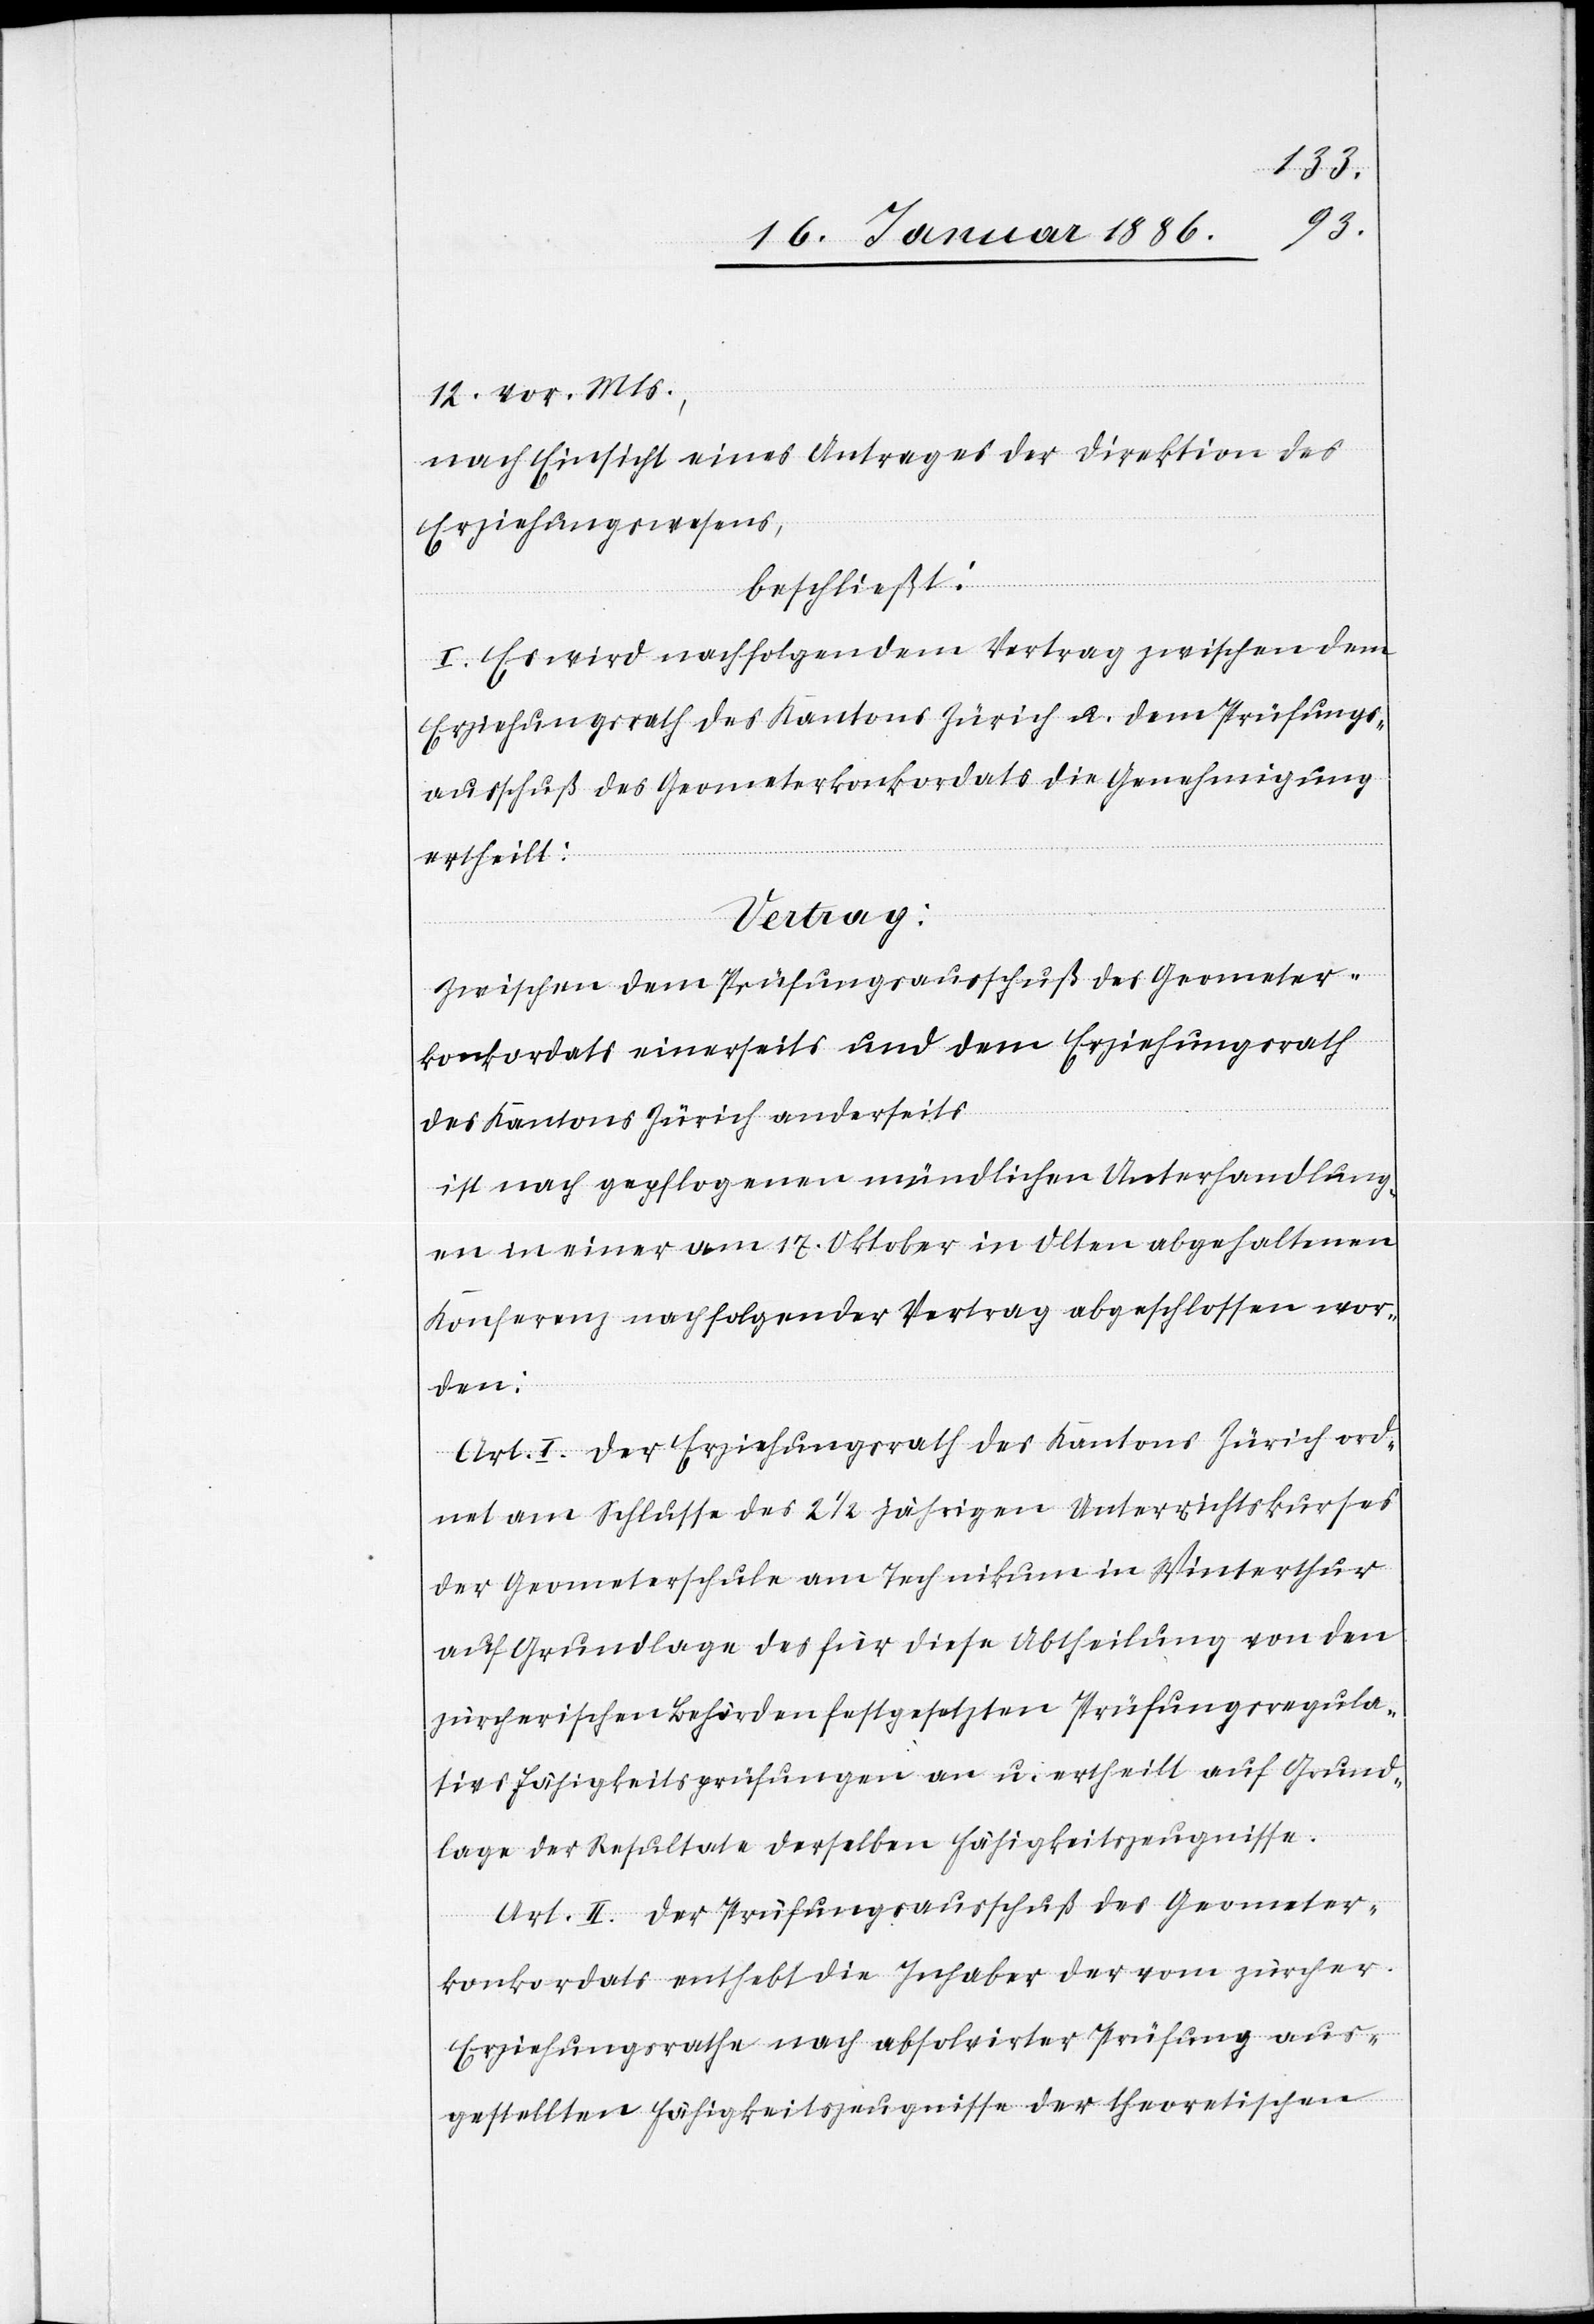
12. vor. Mts.,
nach Einsicht eines Antrages der Direktion des
Erziehungswesens,
beschließt:
I. Es wird nachfolgenden Vertrag zwischen dem
Erziehungsrath des Kantons Zürich u. dem Prüfungs¬
ausschuß des Geometerkonkordates die Genehmigung
ertheilt:
Vertrag:
Zwischen dem Prüfungsausschuß des Geometer¬
konkordates einerseits und dem Erziehungsrath
des Kantons Zürich anderseits
ist nach gepflogenen mündlichen Unterhandlung¬
en und einer vom 17. Oktober in Olten abgehaltenen
Konferenz nachfolgender Vertrag abgeschlossen wor¬
den:
Art. I. Der Erziehungsrath des Kantons Zürich ord¬
net am Schlusse des 2 1/2 jährigen Unterrichtskurses
der Geometerschule am Technikum in Winterthur
auf Grundlage des für diese Abtheilung von den
zürcherischen Behörden festgesetzten Prüfungsregula¬
tivs Fähigkeitsprüfungen an u. ertheilt auf Grund¬
lage der Resultate derselben Fähigkeitszeugnisse.
Art. II. Der Prüfungsausschuß des Geometer¬
konkordates enthebt die Inhaber der vom zürcher.
Erziehungsrathe nach absolvirter Prüfung aus¬
gestellten Fähigkeitszeugnisse der theoretischen